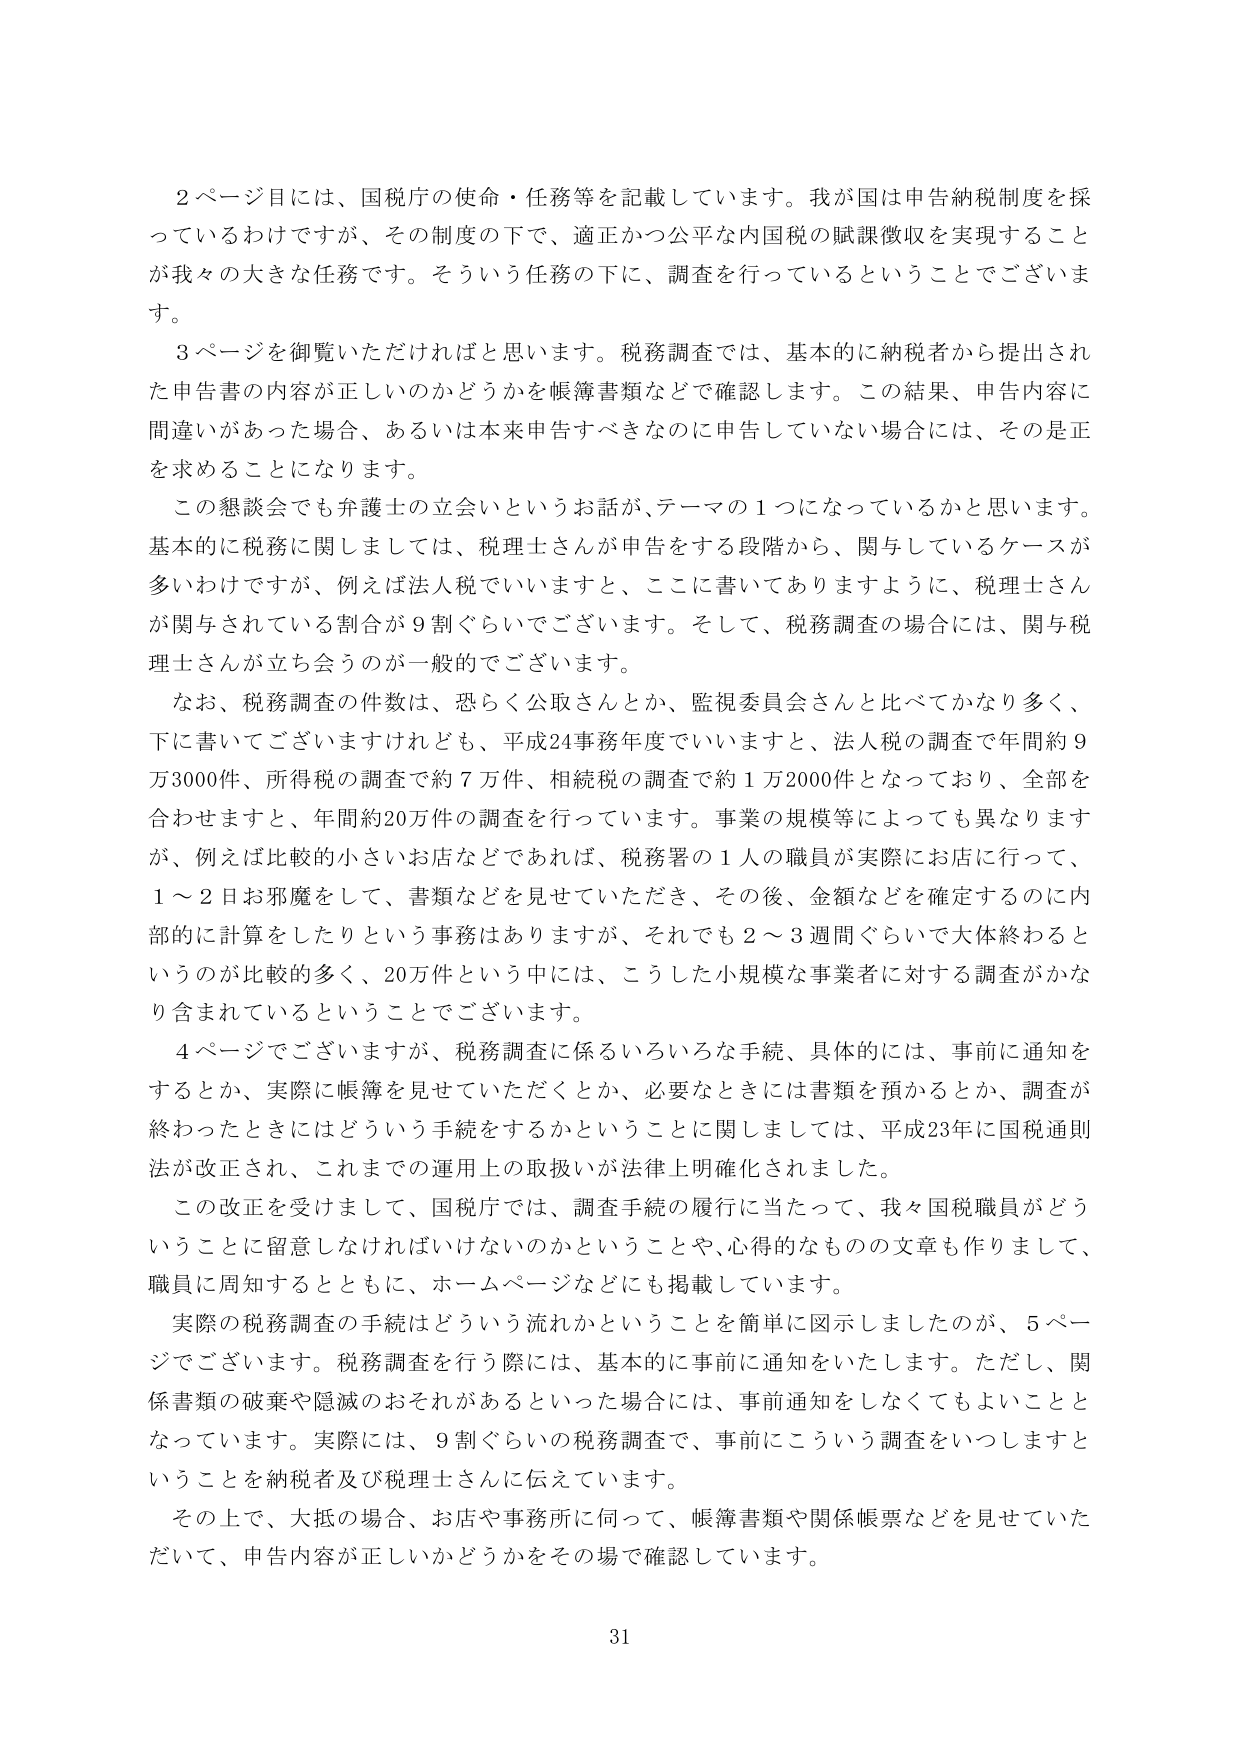
２ページ目には、国税庁の使命・任務等を記載しています。我が国は申告納税制度を採っているわけですが、その制度の下で、適正かつ公平な内国税の賦課徴収を実現することが我々の大きな任務です。そういう任務の下に、調査を行っているということでございます。

３ページを御覧いただければと思います。税務調査では、基本的に納税者から提出された申告書の内容が正しいのかどうかを帳簿書類などで確認します。この結果、申告内容に間違いがあった場合、あるいは本来申告すべきなのに申告していない場合には、その是正を求めることになります。

この懇談会でも弁護士の立会いというお話が、テーマの１つになっているかと思います。基本的に税務に関しましては、税理士さんが申告をする段階から、関与しているケースが多いわけですが、例えば法人税でいいますと、ここに書いてありますように、税理士さんが関与されている割合が９割ぐらいでございます。そして、税務調査の場合には、関与税理士さんが立ち会うのが一般的でございます。

なお、税務調査の件数は、恐らく公取さんとか、監視委員会さんと比べてかなり多く、下に書いてございますけれども、平成24事務年度でいいますと、法人税の調査で年間約９万3000件、所得税の調査で約７万件、相続税の調査で約１万2000件となっており、全部を合わせますと、年間約20万件の調査を行っています。事業の規模等によっても異なりますが、例えば比較的小さいお店などであれば、税務署の１人の職員が実際にお店に行って、１～２日お邪魔をして、書類などを見せていただき、その後、金額などを確定するのに内部的に計算をしたりという事務はありますが、それでも２～３週間ぐらいで大体終わるというのが比較的多く、20万件という中には、こうした小規模な事業者に対する調査がかなり含まれているということでございます。

４ページでございますが、税務調査に係るいろいろな手続、具体的には、事前に通知をすることか、実際に帳簿を見せせていただくとか、必要なときには書類を預かるとか、調査が終わったときにはどういう手続をするかということに関しては、平成23年に国税通則法が改正され、これまでの運用上の取扱いが法律上明確化されました。

この改正を受けまして、国税庁では、調査手続の履行に当たって、我々国税職員がどういうことに留意しなければいけないのかということや、心得的なものの文章も作成して、職員に周知するとともに、ホームページなどにも掲載しています。

実際の税務調査の手続はどういう流れかということを簡単に図示しましたが、５ページでございます。税務調査を行う際には、基本的に事前に通知をいたします。ただし、関係書類の破棄や隠滅のおそれがあるといった場合には、事前通知をしなくてもよいこととなっています。実際には、９割ぐらいの税務調査で、事前にこういう調査をいたしますということを納税者及び税理士さんに伝えています。

その上で、大抵の場合、お店や事務所に伺って、帳簿書類や関係帳票などを見せていただいて、申告内容が正しいかどうかをその場で確認しています。

31